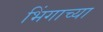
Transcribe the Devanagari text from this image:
भिंगाच्या